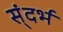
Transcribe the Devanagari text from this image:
स्ंदर्भ